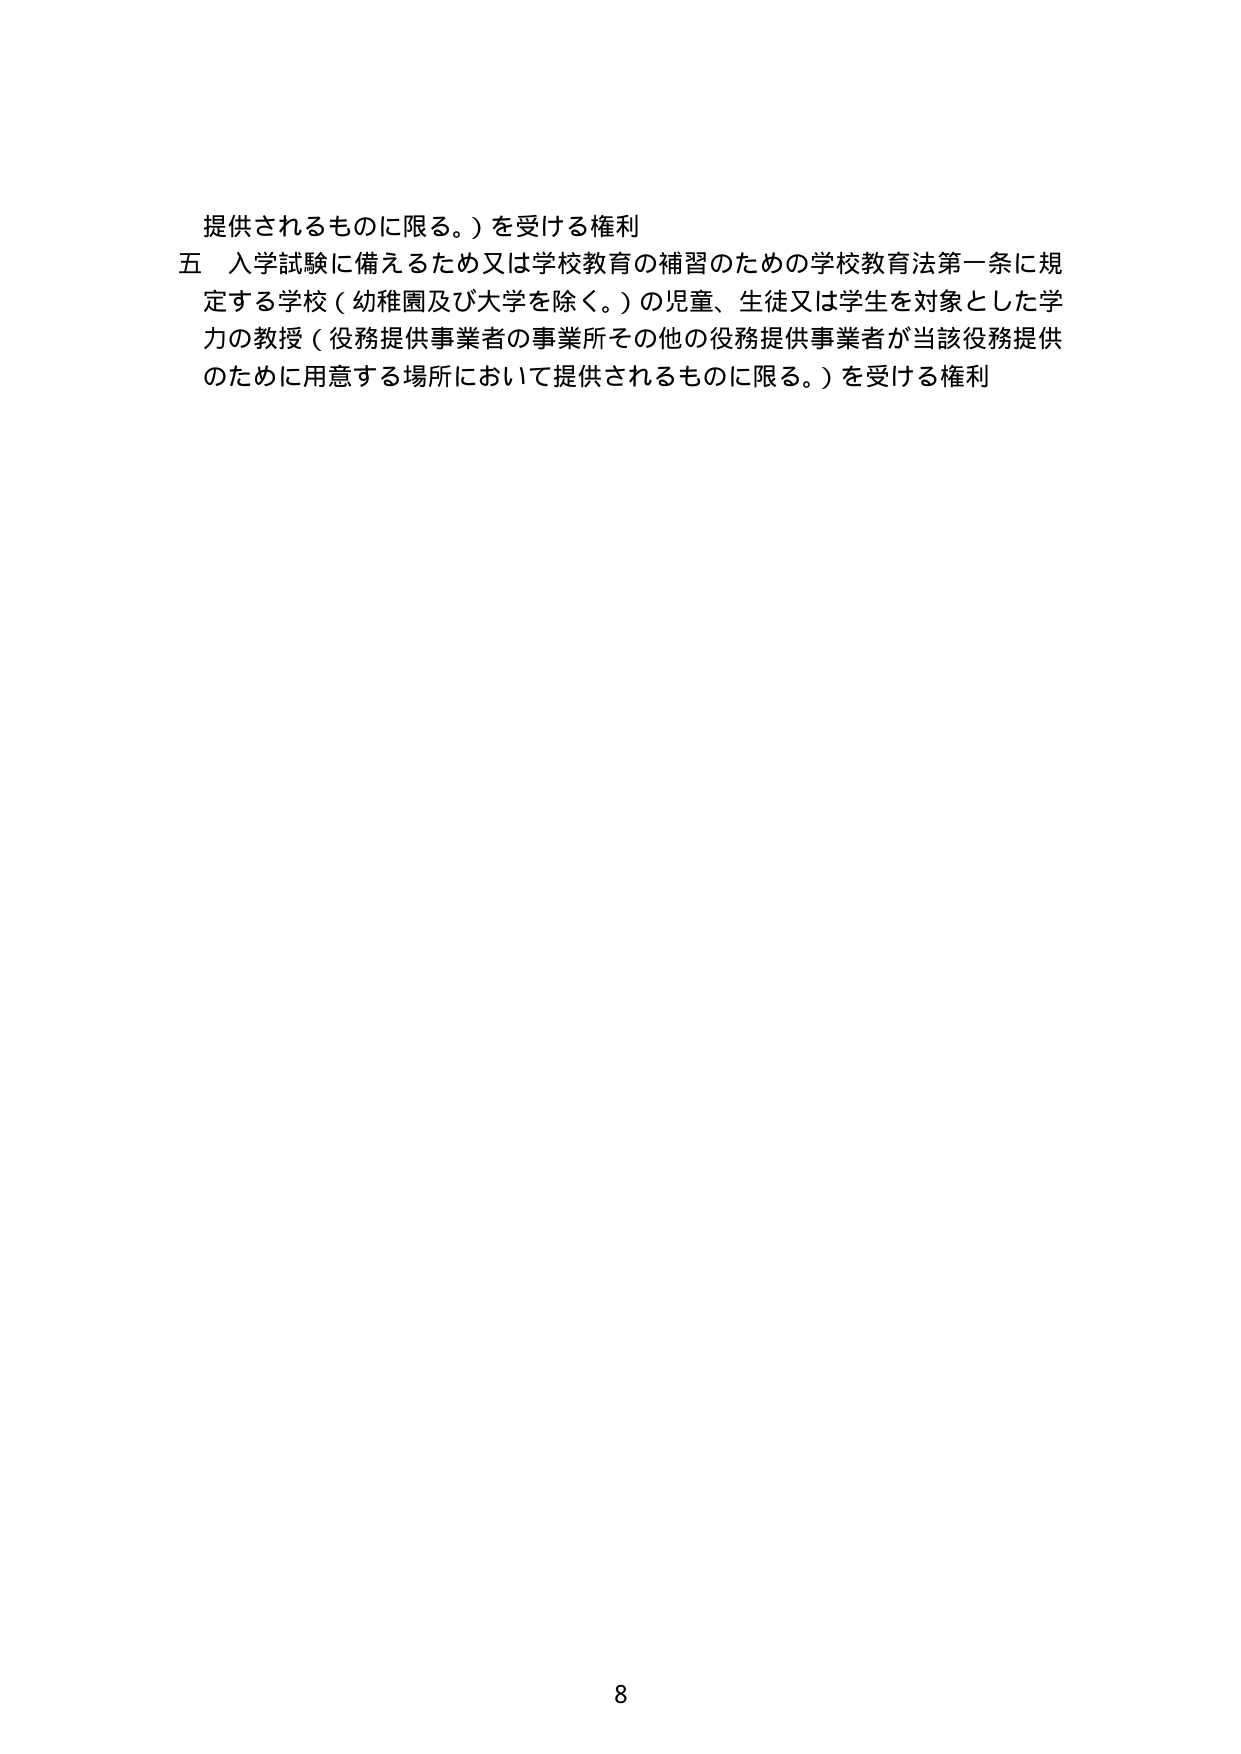
提供されるものに限る。）を受ける権利
五 入学試験に備えるため又は学校教育の補習のための学校教育法第一条に規定する学校（幼稚園及び大学を除く。）の児童、生徒又は学生を対象とした学力の教授（役務提供事業者の事業所その他の役務提供事業者が当該役務提供のために用意する場所において提供されるものに限る。）を受ける権利
8